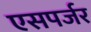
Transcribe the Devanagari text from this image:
एसपर्जर